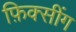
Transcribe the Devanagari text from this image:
फ़िक्सींग